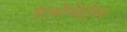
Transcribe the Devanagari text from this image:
रिफोमेट्रीज